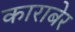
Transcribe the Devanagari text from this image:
काराबेर